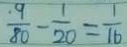
\frac { 9 } { 8 0 } - \frac { 1 } { 2 0 } = \frac { 1 } { 1 6 }